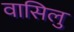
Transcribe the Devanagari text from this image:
वासिलु